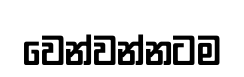
වෙන්වන්නටම